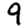
Digit: 9